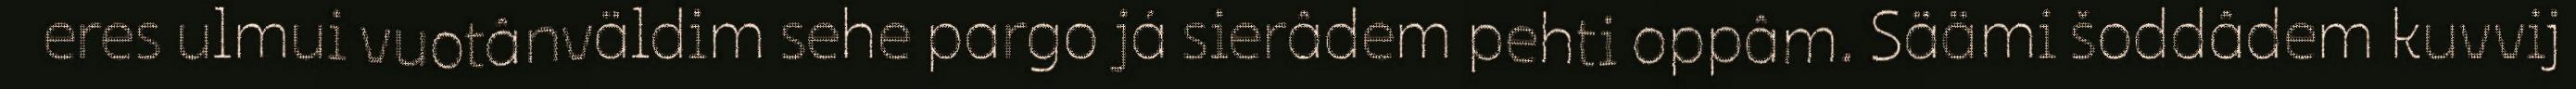
eres ulmui vuotânväldim sehe pargo já sierâdem pehti oppâm. Säämi šoddâdem kuvvij